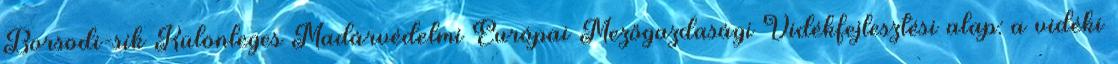
Borsodi-sík Különleges Madárvédelmi Európai Mezőgazdasági Vidékfejlesztési alap: a vidéki